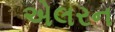
એલરન